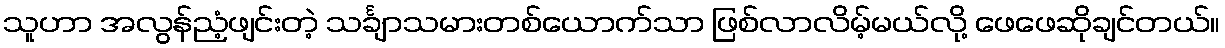
သူဟာ အလွန်ညံ့ဖျင်းတဲ့ သင်္ချာသမားတစ်ယောက်သာ ဖြစ်လာလိမ့်မယ်လို့ ဖေဖေဆိုချင်တယ်။